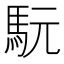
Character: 𩢄